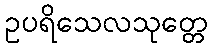
ဥပရိသေလသုတ္တေ